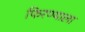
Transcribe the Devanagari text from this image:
फिरण्याला